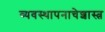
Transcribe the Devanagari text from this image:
व्यवस्थापनाचेशास्त्र